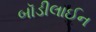
બૉડીલાઈન